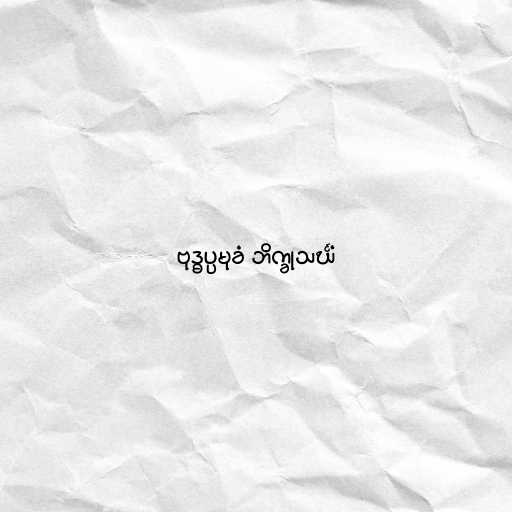
ဗုဒ္ဓပ္ပမုခံ ဘိက္ခုသင်္ဃံ